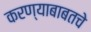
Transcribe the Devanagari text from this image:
करण्याबाबतचे